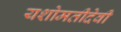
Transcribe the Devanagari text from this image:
यशोमतीदेवी